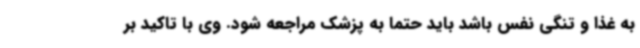
به غذا و تنگی نفس باشد باید حتما به پزشک مراجعه شود. وی با تاکید بر